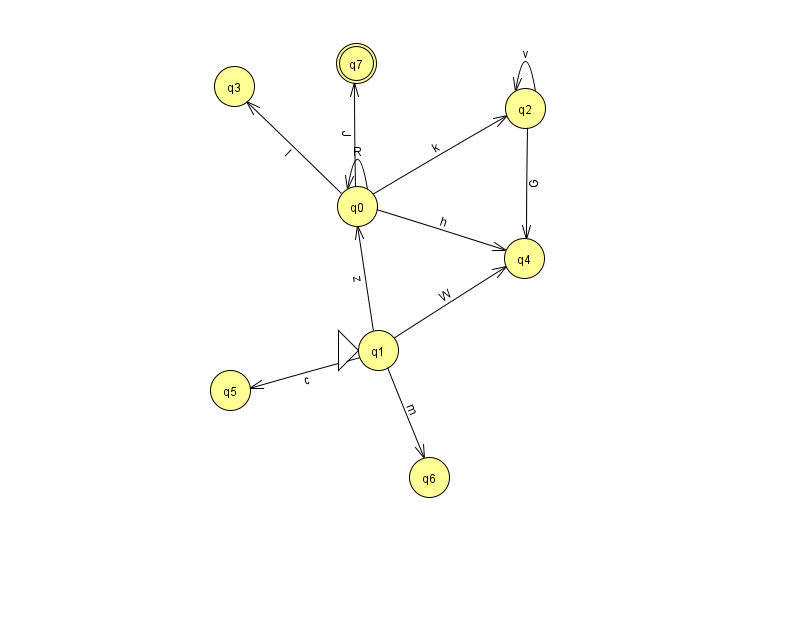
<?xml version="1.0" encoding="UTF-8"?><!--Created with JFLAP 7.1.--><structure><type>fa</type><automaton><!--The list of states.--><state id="0" name="q0"><x>357.0</x><y>193.0</y></state><state id="1" name="q1"><x>378.0</x><y>337.0</y><initial/></state><state id="2" name="q2"><x>525.0</x><y>95.0</y></state><state id="3" name="q3"><x>234.0</x><y>73.0</y></state><state id="4" name="q4"><x>524.0</x><y>245.0</y></state><state id="5" name="q5"><x>230.0</x><y>377.0</y></state><state id="6" name="q6"><x>429.0</x><y>464.0</y></state><state id="7" name="q7"><x>356.0</x><y>50.0</y><final/></state><!--The list of transitions.--><transition><from>1</from><to>6</to><read>m</read></transition><transition><from>0</from><to>0</to><read>R</read></transition><transition><from>1</from><to>5</to><read>c</read></transition><transition><from>1</from><to>0</to><read>z</read></transition><transition><from>0</from><to>7</to><read>J</read></transition><transition><from>0</from><to>2</to><read>k</read></transition><transition><from>2</from><to>2</to><read>v</read></transition><transition><from>0</from><to>4</to><read>h</read></transition><transition><from>2</from><to>4</to><read>G</read></transition><transition><from>0</from><to>3</to><read>l</read></transition><transition><from>1</from><to>4</to><read>W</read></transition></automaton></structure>